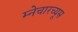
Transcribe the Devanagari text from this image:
म्नेचारच्यूस